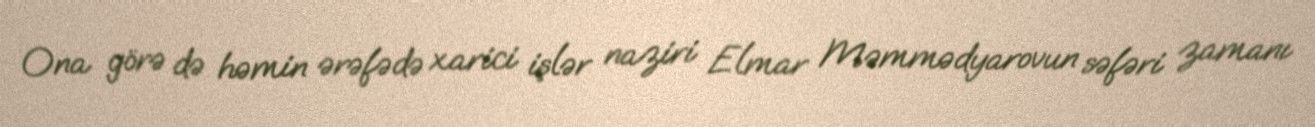
Ona görə də həmin ərəfədə xarici işlər naziri Elmar Məmmədyarovun səfəri zamanı